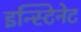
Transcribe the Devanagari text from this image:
इन्स्टिनेट